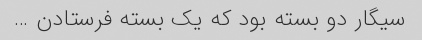
سیگار دو بسته بود که یک بسته فرستادن …